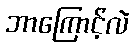
ဘာကြောင့်လဲ